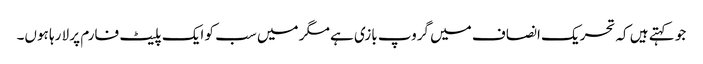
جو کہتے ہیں کہ تحریک انصاف میں گروپ بازی ہے مگر میں سب کو ایک پلیٹ فارم پر لا رہا ہوں۔